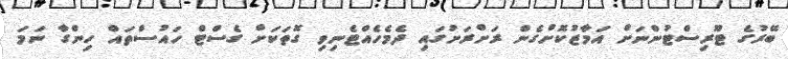
ބޭރުގެ ޓޫރިސްޓުންނަށް އަމާޒުކޮށްގެން ރަށްރަށުގައި ދެމެހެއްޓެނިވި ގޮތަކަށް ގެސްޓް ހައުސްތައް ހިންގާ ނަމަ